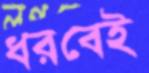
ধরবেই